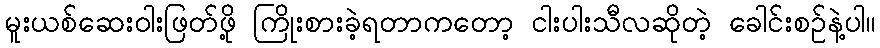
မူးယစ်ဆေးဝါးဖြတ်ဖို့ ကြိုးစားခဲ့ရတာကတော့ ငါးပါးသီလဆိုတဲ့ ခေါင်းစဉ်နဲ့ပါ။